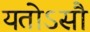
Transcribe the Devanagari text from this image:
यतोऽसौ